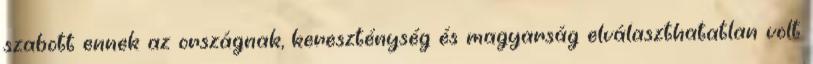
szabott ennek az országnak, kereszténység és magyarság elválaszthatatlan volt